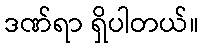
ဒဏ်ရာ ရှိပါတယ်။